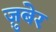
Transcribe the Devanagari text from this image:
ज़ुबेर